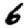
Digit: 6